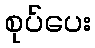
စုပ်ပေး